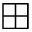
\boxplus